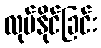
လုပ်နိုင်ခြင်း